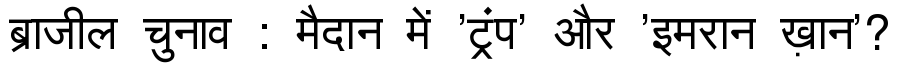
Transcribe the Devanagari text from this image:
ब्राजील चुनाव : मैदान में 'ट्रंप' और 'इमरान ख़ान'?